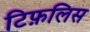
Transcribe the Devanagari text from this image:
टिफ़लिस